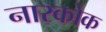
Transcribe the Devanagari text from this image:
नारकोक